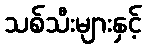
သစ်သီးများနှင့်